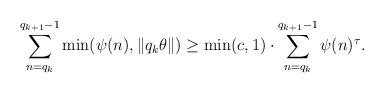
LaTeX: \begin{align*}\sum_{n=q_k}^{q_{k+1}-1}\min(\psi(n),\|q_k\theta\|)\geq\min(c,1) \cdot \sum_{n=q_k}^{q_{k+1}-1}\psi(n)^{\tau}.\end{align*}